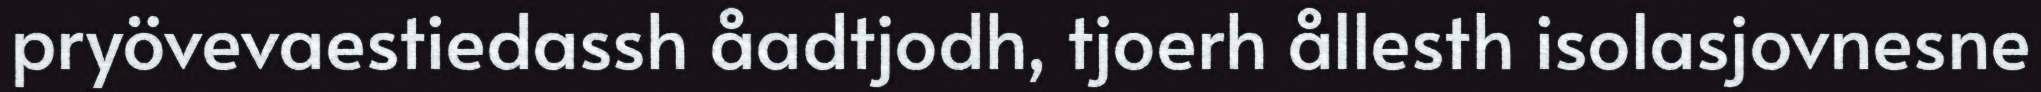
pryövevaestiedassh åadtjodh, tjoerh ållesth isolasjovnesne